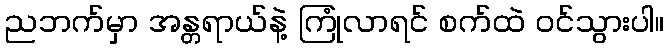
ညဘက်မှာ အန္တရာယ်နဲ့ ကြုံလာရင် စက်ထဲ ဝင်သွားပါ။